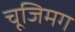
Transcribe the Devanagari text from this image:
चूजिमग